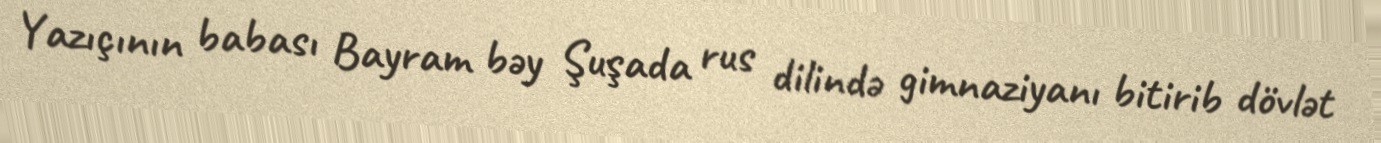
Yazıçının babası Bayram bəy Şuşada rus dilində gimnaziyanı bitirib dövlət